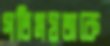
গতিময়তাকে